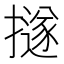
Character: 𢷊